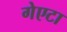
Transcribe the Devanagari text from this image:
गेएटा